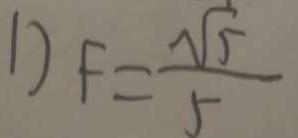
D F = \frac { \sqrt { 5 } } { 5 }